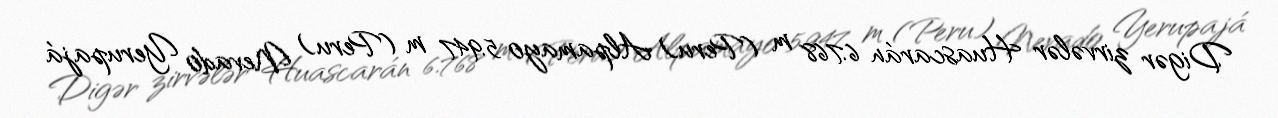
Digər zirvələr Huascarán 6.768 m (Peru) Alpamayo 5.947 m (Peru) Nevado Yerupajá